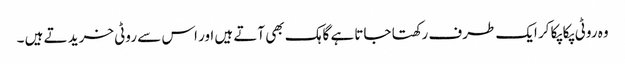
وہ روٹی پکا پکا کر ایک طرف رکھتا جاتا ہے گاہک بھی آتے ہیں اور اس سے روٹی خرید تے ہیں ۔